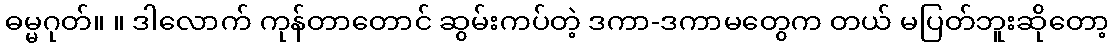
ဓမ္မဂုတ်။ ။ ဒါလောက် ကုန်တာတောင် ဆွမ်းကပ်တဲ့ ဒကာ-ဒကာမတွေက တယ် မပြတ်ဘူးဆိုတော့